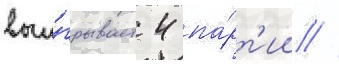
выи́грывает 4 па́рт'ии //